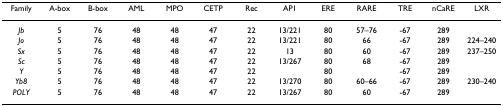
<table><thead><tr><td><b>Family</b></td><td><b>A-box</b></td><td><b>B-box</b></td><td><b>AML</b></td><td><b>MPO</b></td><td><b>CETP</b></td><td><b>Rec</b></td><td><b>AP1</b></td><td><b>ERE</b></td><td><b>RARE</b></td><td><b>TRE</b></td><td><b>nCaRE</b></td><td><b>LXR</b></td></tr></thead><tbody><tr><td><i>Jb</i></td><td>5</td><td>76</td><td>48</td><td>48</td><td>47</td><td>22</td><td>13/221</td><td>80</td><td>57–76</td><td>-67</td><td>289</td><td></td></tr><tr><td><i>Jo</i></td><td>5</td><td>76</td><td>48</td><td>48</td><td>47</td><td>22</td><td>13/221</td><td>80</td><td>66</td><td>-67</td><td>289</td><td>224–240</td></tr><tr><td><i>Sx</i></td><td>5</td><td>76</td><td>48</td><td>48</td><td>47</td><td>22</td><td>13</td><td>80</td><td>60</td><td>-67</td><td>289</td><td>237–250</td></tr><tr><td><i>Sc</i></td><td>5</td><td>76</td><td>48</td><td>48</td><td>47</td><td>22</td><td>13/267</td><td>80</td><td>68</td><td>-67</td><td>289</td><td></td></tr><tr><td><i>Y</i></td><td>5</td><td>76</td><td>48</td><td>48</td><td>47</td><td>22</td><td></td><td>80</td><td></td><td>-67</td><td>289</td><td></td></tr><tr><td><i>Yb8</i></td><td>5</td><td>76</td><td>48</td><td>48</td><td>47</td><td>22</td><td>13/270</td><td>80</td><td>60–66</td><td>-67</td><td>289</td><td>230–240</td></tr><tr><td><i>POLY</i></td><td>5</td><td>76</td><td>48</td><td>48</td><td>47</td><td>22</td><td>13/267</td><td>80</td><td>60</td><td>-67</td><td>289</td><td></td></tr></tbody></table>